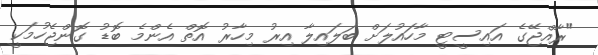
"ރާއްޖޭގެ އައިސީޓީ މާހައުލަށް ބަލައިލާ އިރު މިހާރު އޮތް އެންމެ ބޮޑު ގޮންޖެހުމަކީ